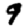
Digit: 9